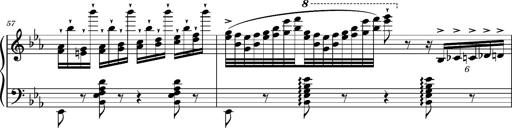
Title: Magyar rapszÃ³diÃ¡k
Composer: Franz Liszt